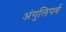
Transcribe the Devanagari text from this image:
अंगुलिपर्व